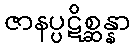
ဇာနပ္ပဋိစ္ဆန္နာ